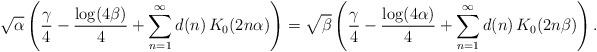
LaTeX: \begin{align*}\sqrt{\alpha}\left(\frac{\gamma}{4}-\frac{\log(4\beta)}{4}+\sum_{n=1}^{\infty}d(n)\,K_{0}(2n\alpha)\right)=\sqrt{\beta}\left(\frac{\gamma}{4}-\frac{\log(4\alpha)}{4}+\sum_{n=1}^{\infty}d(n)\,K_{0}(2n\beta)\right).\end{align*}